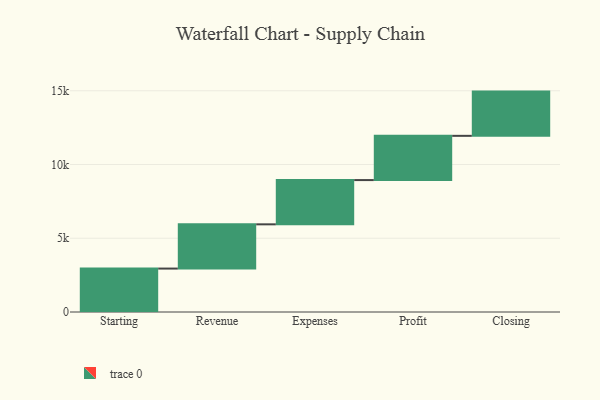
{"axis": {"x": "Step", "y": "Value"}, "legend": [""], "data": [{"x": "Starting", "y": 2945.0, "type": ""}, {"x": "Revenue", "y": 3000, "type": ""}, {"x": "Expenses", "y": 3000, "type": ""}, {"x": "Profit", "y": 3000, "type": ""}, {"x": "Closing", "y": 3000, "type": ""}]}